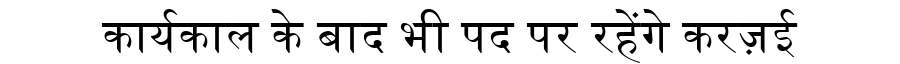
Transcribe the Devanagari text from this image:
कार्यकाल के बाद भी पद पर रहेंगे करज़ई